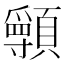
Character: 𩕖